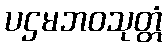
ပဌမဘဝသုတ္တံ